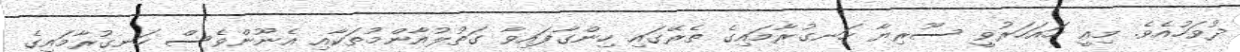
ދުވަހުއެވެ. މިއީ ހައަހަރުވީ ސޫރިޔާ ހަނގުރާމައިގެ ތެރޭގައި ހިންގާފައިވާ ގަތުލުއާންމުތަކާއި އެނޫންވެސް ހަނގުރާމައިގެ